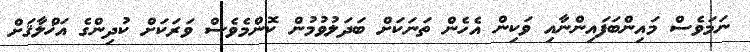
ނަމަވެސް މައިންބަފައިންނާއި ވަކިން އެހެން ތަނަކަށް ބަދަލުވުމުން ކޮންމެވެސް ވަރަކަށް ކުދިންގެ އަޚްލާޤަށް